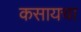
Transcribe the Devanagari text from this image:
कसायचा